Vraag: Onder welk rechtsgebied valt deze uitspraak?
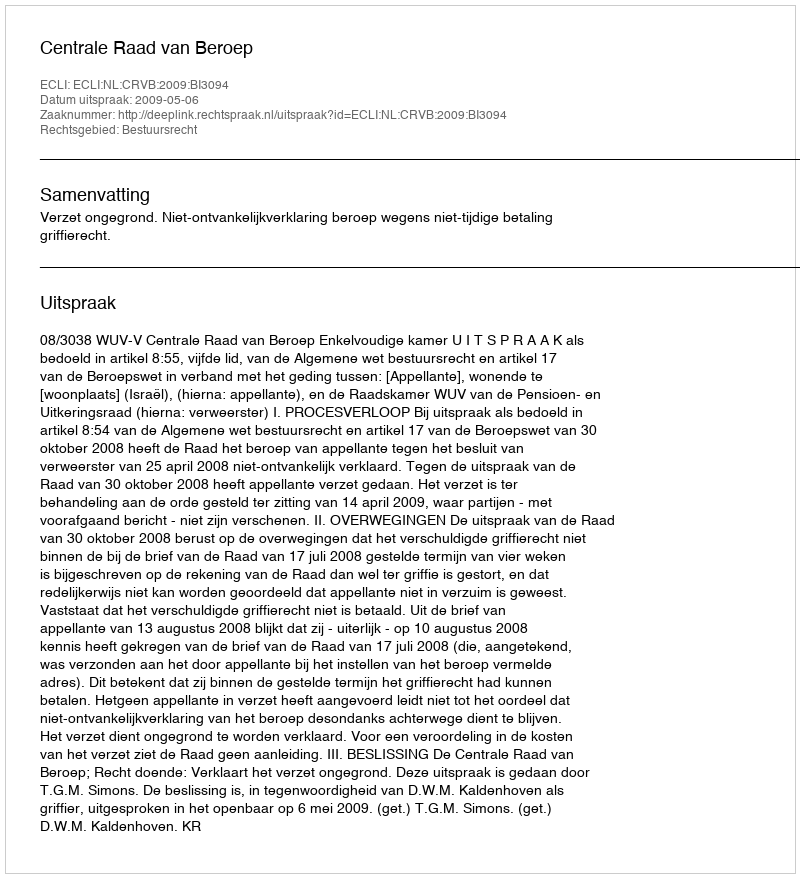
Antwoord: Bestuursrecht